Annual report on the Civil Veterinary Department, Burma (including the Insein Veterinary School) - 1932-1941
Year: 1932
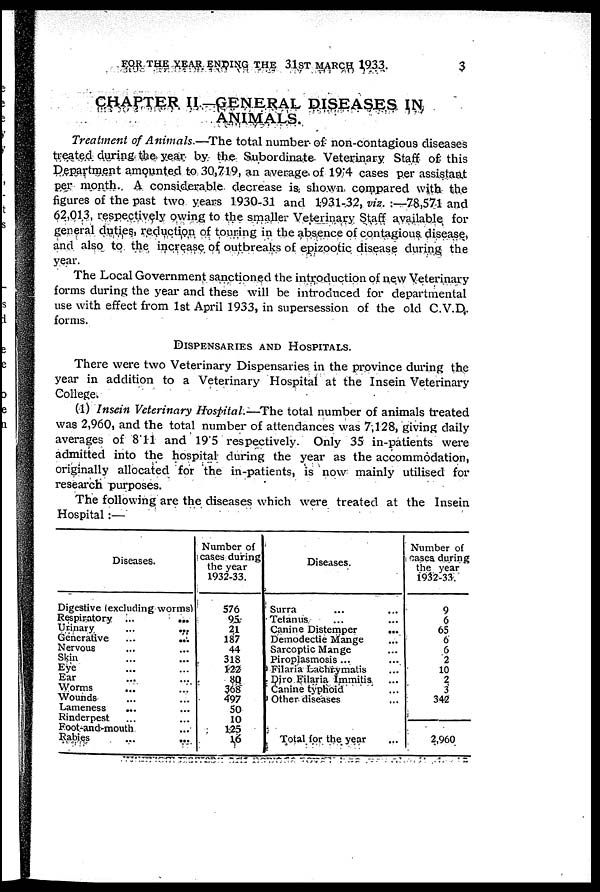
FOR THE YEAR ENDING THE 31ST MARCH 1933.
3
CHAPTER II.—GENERAL DISEASES IN
ANIMALS.
Treatment of Animals.—The total number of non-contagious diseases
treated during the year by the Subordinate Veterinary Staff of this
Department amounted to 30,719, an average of 19.4 cases per assistant
per month. A considerable decrease is. shown compared with the
figures of the past two years 1930-31 and 1931-32, viz. :—78,571 and
62,013, respectively owing to the smaller Veterinary Staff available for
general duties, reduction of touring in the absence of contagious disease,
and also to the increase of outbreaks of epizootic disease during the
year.
The Local Government sanctioned the introduction of new Veterinary
forms during the year and these will be introduced for departmental
use with effect from 1st April 1933, in supersession of the old C.V.D.
forms.
DISPENSARIES AND HOSPITALS.
There were two Veterinary Dispensaries in the province during the
year in addition to a Veterinary Hospital at the Insein Veterinary
College.
(1) Insein Veterinary Hospital.—The total number of animals treated
was 2,960, and the total number of attendances was 7,128, giving daily
averages of 8.11 and 19.5 respectively. Only 35 in-patients were
admitted into the hospital during the year as the accommodation,
originally allocated for the in-patients, is now mainly utilised for
research purposes.
The following are the diseases which were treated at the Insein
Hospital:—
Diseases.
Digestive (excluding worms)
Respiratory
Urinary
Generative
Nervous
Skin
Eye
Ear
Worms
Wounds
Lameness
Rinderpest
...
...
... ...
... ...
... ...
... ...
... ...
... ...
...
...
... ...
...
...
...
...
Foot-and-mouth ...
Rabies
... ...
Number of
cases during
the year
1932-33.
576
95
21
187
44
318
122
80
368
497
50
10
125
16
Diseases.
Surra ... ...
Tetanus ... ...
Canine Distemper
Demodectie Mange ...
Sarcoptic Mange ...
Piroplasmosis ...
Filaria Lachrymatis ...
Diro Filaria Immitis ...
Canine typhoid ...
Other diseases ...
Total for the year ...
Number of
oases during
the year
1932-33.
9
6
65
6
6
2
10
2
3
342
2,960